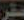
مقر